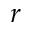
r